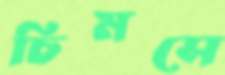
চিমসে